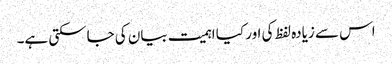
اس سے زیادہ لفظ کی اور کیا اہمیت بیان کی جاسکتی ہے۔